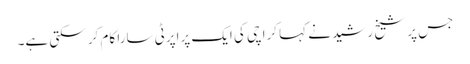
جس پر شیخ رشید نے کہا کراچی کی ایک پراپرٹی سارا کام کر سکتی ہے۔